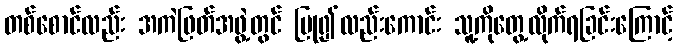
တစ်စောင်လည်း အကဲဖြတ်အဖွဲ့တွင် ပြု၍လည်းကောင်း သူ့ကိုတွေ့လိုက်ရခြင်းကြောင့်